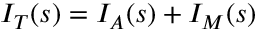
I _ { T } ( s ) = I _ { A } ( s ) + I _ { M } ( s )